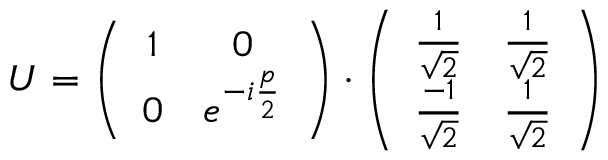
U = \left( \begin{array} { c c } { { 1 } } & { { 0 } } \\ { { 0 } } & { { e ^ { - i \frac { p } { 2 } } } } \end{array} \right) \cdot \left( \begin{array} { c c } { { \frac 1 { \sqrt 2 } } } & { { \frac 1 { \sqrt 2 } } } \\ { { \frac { - 1 } { \sqrt 2 } } } & { { \frac 1 { \sqrt 2 } } } \end{array} \right)